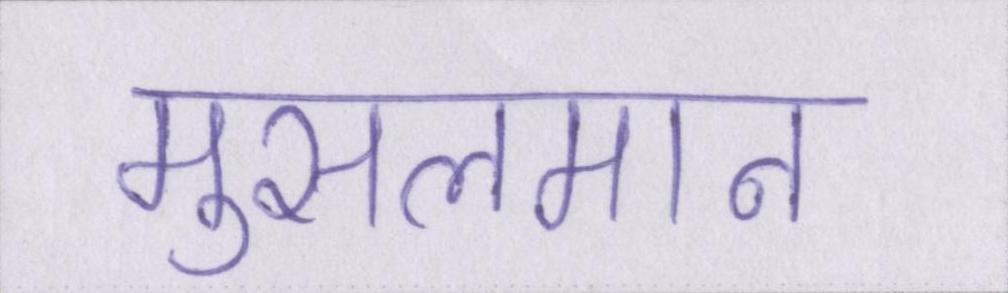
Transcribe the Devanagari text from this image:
मुसलमान